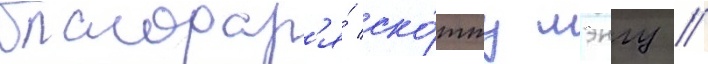
благодар'я́ ско́тту лэнгу //